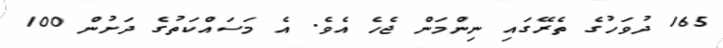
165 ދުވަހުގެ ތެރޭގައި ނިންމަން ޖެހެ އެވެ. އެ މަސައްކަތުގެ ދަށުން 100